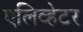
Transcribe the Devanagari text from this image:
एलिव्हेटर